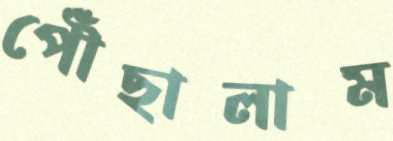
পৌঁছালাম